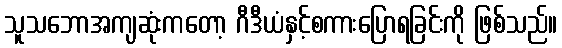
သူသဘောအကျဆုံးကတော့ ဂီဒီယံနှင့်စကားပြောရခြင်းကို ဖြစ်သည်။